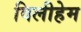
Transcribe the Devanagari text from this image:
विलीहेम